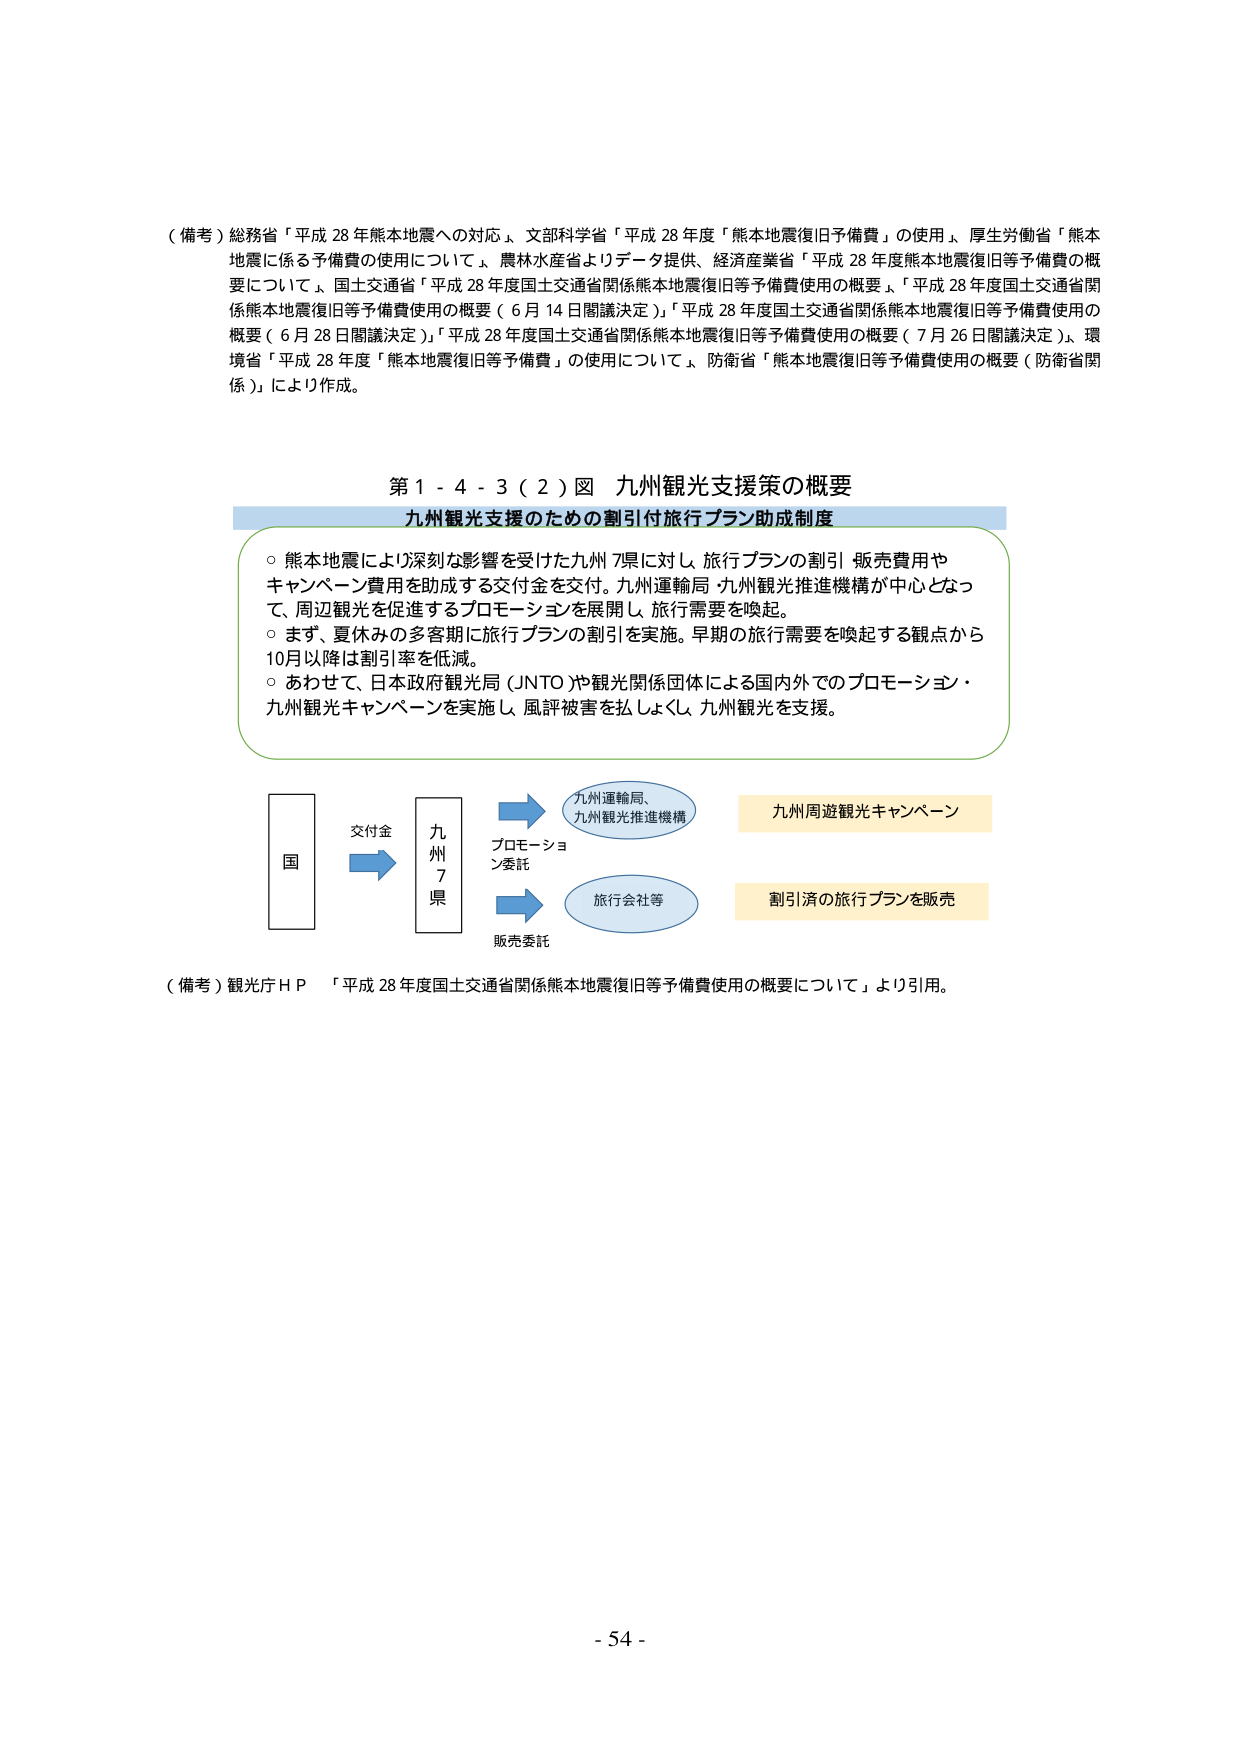
（備考）総務省「平成28年熊本地震への対応」、文部科学省「平成28年度「熊本地震復旧予備費」の使用」、厚生労働省「熊本地震に係る予備費の使用について」、農林水産省よりデータ提供、経済産業省「平成28年度熊本地震復旧等予備費の概要について」、国土交通省「平成28年度国土交通省関係熊本地震復旧等予備費使用の概要」、「平成28年度国土交通省関係熊本地震復旧等予備費使用の概要（6月14日閣議決定）」、「平成28年度国土交通省関係熊本地震復旧等予備費使用の概要（6月28日閣議決定）」、「平成28年度国土交通省関係熊本地震復旧等予備費使用の概要（7月26日閣議決定）」、環境省「平成28年度「熊本地震復旧等予備費」の使用について」、防衛省「熊本地震復旧等予備費使用の概要（防衛省関係）」により作成。

第1-4-3（2）図 九州観光支援策の概要
九州観光支援のための割引付旅行プラン助成制度

○ 熊本地震により深刻な影響を受けた九州7県に対し、旅行プランの割引販売費用やキャンペーン費用を助成する交付金を交付。九州運輸局・九州観光推進機構が中心となって、周辺観光を促進するプロモーションを展開し、旅行需要を喚起。
○ まず、夏休みの多客期に旅行プランの割引を実施。早期の旅行需要を喚起する観点から10月以降は割引率を低減。
○ あわせて、日本政府観光局（JNTO）や観光関係団体による国内外でのプロモーション・九州観光キャンペーンを実施し、風評被害を払しょくし、九州観光を支援。

国 → 交付金 → 九州7県
　　　　　　　　↓プロモーション委託
　　　　　　　　九州運輸局、九州観光推進機構 → 九州周遊観光キャンペーン
　　　　　　　　↓販売委託
　　　　　　　　旅行会社等 → 割引済の旅行プランを販売

（備考）観光庁ＨＰ「平成28年度国土交通省関係熊本地震復旧等予備費使用の概要について」より引用。

- 54 -